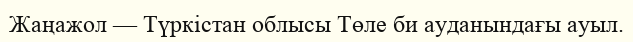
Жаңажол — Түркістан облысы Төле би ауданындағы ауыл.